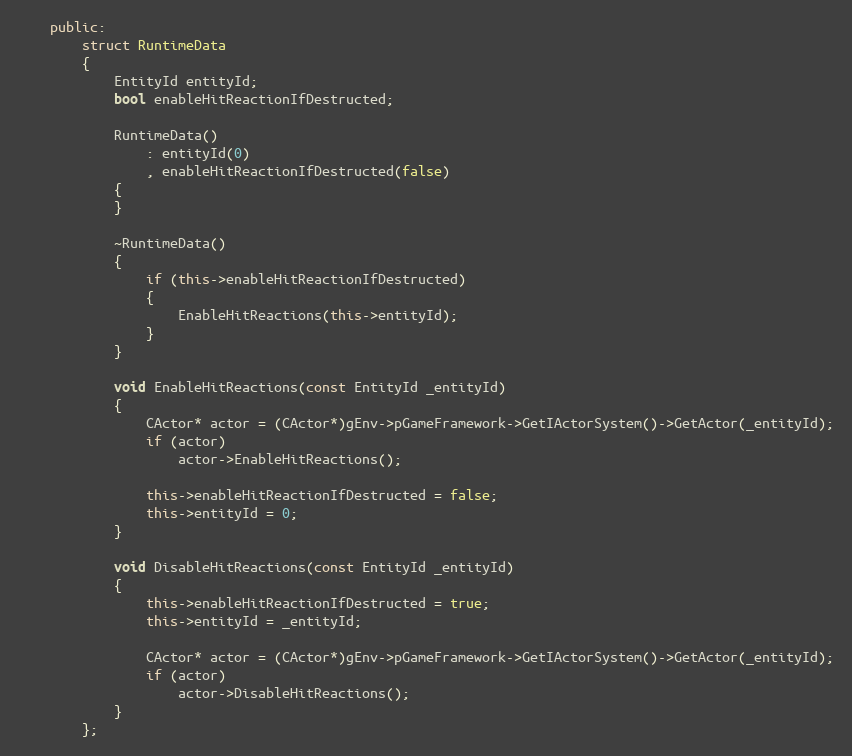
Language: C++
	public:
		struct RuntimeData
		{
			EntityId entityId;
			bool enableHitReactionIfDestructed;

			RuntimeData()
				: entityId(0)
				, enableHitReactionIfDestructed(false)
			{
			}

			~RuntimeData()
			{
				if (this->enableHitReactionIfDestructed)
				{
					EnableHitReactions(this->entityId);
				}
			}

			void EnableHitReactions(const EntityId _entityId)
			{
				CActor* actor = (CActor*)gEnv->pGameFramework->GetIActorSystem()->GetActor(_entityId);
				if (actor)
					actor->EnableHitReactions();

				this->enableHitReactionIfDestructed = false;
				this->entityId = 0;
			}

			void DisableHitReactions(const EntityId _entityId)
			{
				this->enableHitReactionIfDestructed = true;
				this->entityId = _entityId;

				CActor* actor = (CActor*)gEnv->pGameFramework->GetIActorSystem()->GetActor(_entityId);
				if (actor)
					actor->DisableHitReactions();
			}
		};